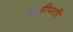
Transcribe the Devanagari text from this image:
पूंजीपती